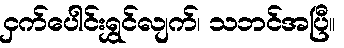
ငှက်ပေါင်းရွှင်လျက်၊ သဘင်အပြီ။